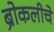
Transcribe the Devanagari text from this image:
ब्रोकलीचे